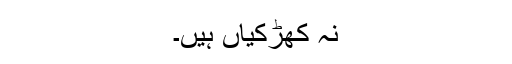
نہ کھڑکیاں ہیں۔